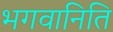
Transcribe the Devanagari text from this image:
भगवानिति